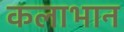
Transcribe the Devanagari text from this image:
कलाभान